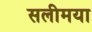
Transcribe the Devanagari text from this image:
सलीमया